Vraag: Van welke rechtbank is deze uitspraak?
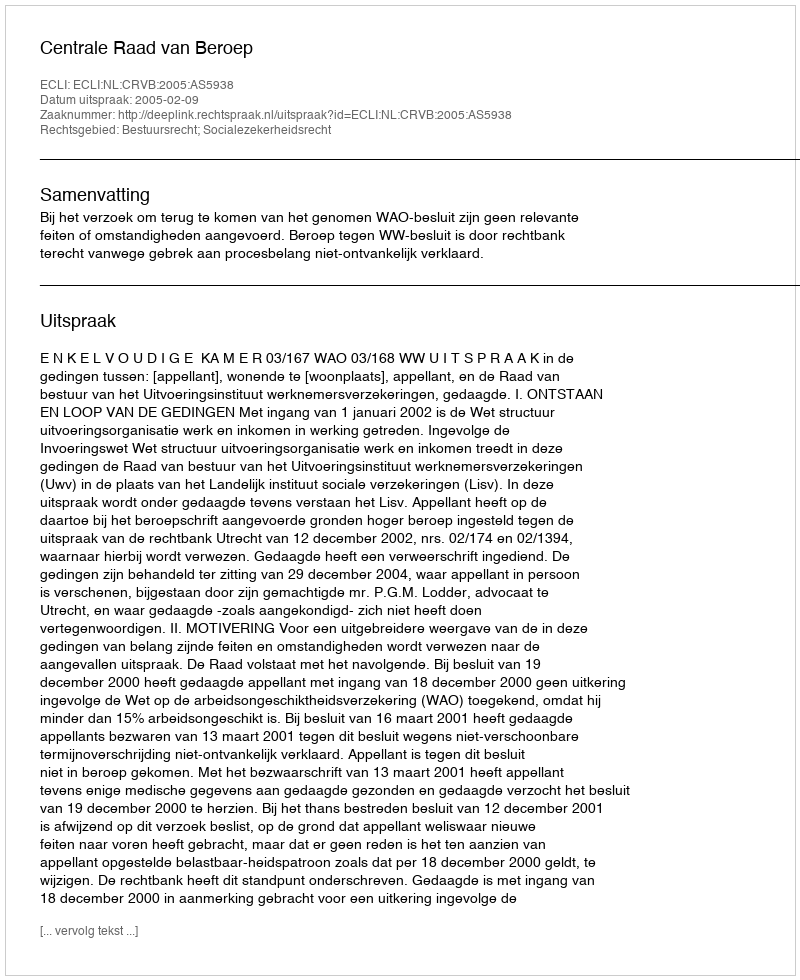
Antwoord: Centrale Raad van Beroep